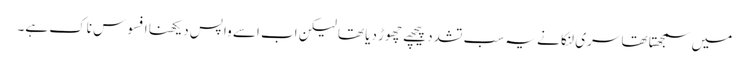
میں سمجھتا تھا سری لنکا نے یہ سب تشدد پیچھے چھوڑ دیا تھا لیکن اب اسے واپس دیکھنا افسوس ناک ہے۔